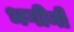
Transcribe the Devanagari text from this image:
भगीनी